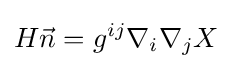
H{\vec {n}}=g^{ij}\nabla _{i}\nabla _{j}X